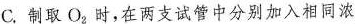
C.制取O_{2}时，在两支试管中分别加入相同浓